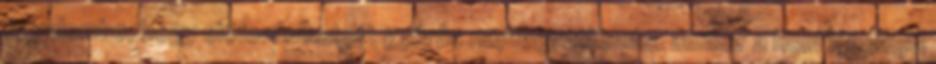
figyelembe, hogy előfordulhatott gyűrűs napfogyatkozás, amikor a Hold látványa